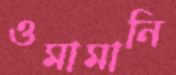
ওমামানি